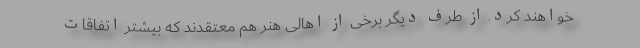
خواهند کرد. از طرف دیگر برخی از اهالی هنر هم معتقدند که بیشتر اتفاقات